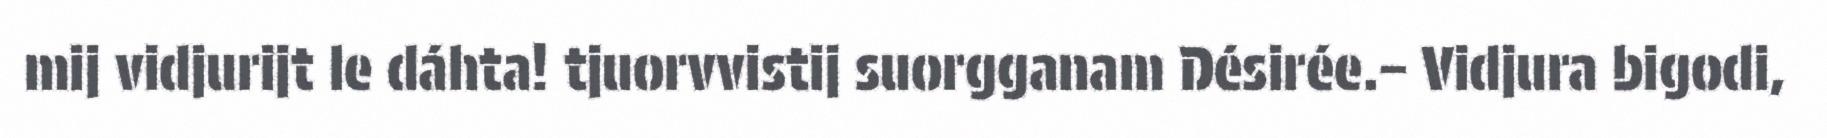
mij vidjurijt le dáhta! tjuorvvistij suorgganam Désirée.– Vidjura bigodi,